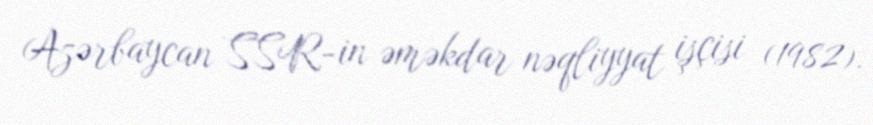
Azərbaycan SSR-in əməkdar nəqliyyat işçisi (1982).